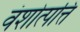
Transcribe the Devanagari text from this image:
वंशोत्पत्ति